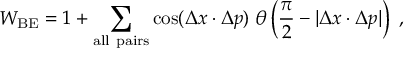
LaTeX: W _ { \mathrm { B E } } = 1 + \sum _ { \mathrm { a l l ~ p a i r s } } \cos ( \Delta x \cdot \Delta p ) \; \theta \left( \frac { \pi } { 2 } - | \Delta x \cdot \Delta p | \right) ~ ,